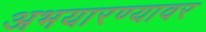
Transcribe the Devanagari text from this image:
अभयारण्यावर